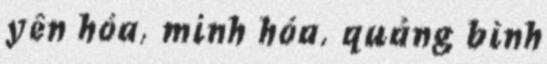
yên hóa, minh hóa, quảng bình